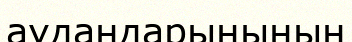
аудандарынының